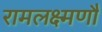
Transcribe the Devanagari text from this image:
रामलक्ष्मणौ